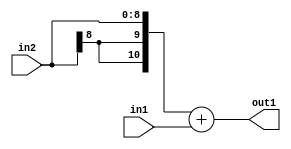
`timescale 1ps / 1ps
/*****************************************************************************
    Verilog RTL Description
    
    
    Created by: Stratus DpOpt 2019.1.01 
*******************************************************************************/

module SobelFilter_Add_9Sx9U_11S_4 (
	in2,
	in1,
	out1
	); /* architecture "behavioural" */ 
input [8:0] in2,
	in1;
output [10:0] out1;
wire [10:0] asc001;

assign asc001 = 
	+({{2{in2[8]}}, in2})
	+(in1);

assign out1 = asc001;
endmodule

/* CADENCE  ubD1Sws= : u9/ySgnWtBlWxVPRXgAZ4Og= ** DO NOT EDIT THIS LINE ******/